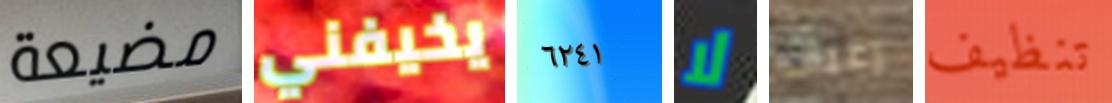
مضيعة يخيفني ٦٢٤١ لا رغبات تنظيف